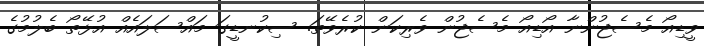
ވީޑިއޯ މެސެޖުންނާ އޯޑިއޯ މެސެޖުން ވެރިކަން ކުރެވޭތަ. ސިކުނޑީގަ މައްސަލައެއް އުޅޭތޯ ބެލުމުގެ